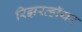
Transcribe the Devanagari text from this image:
रिझरव्हॉयर